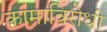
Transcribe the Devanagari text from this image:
कामाविरोधी